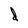
Character: d